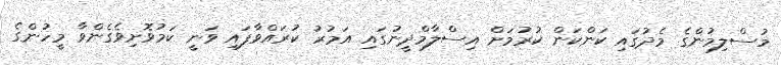
މުސްލިމުންގެ މެދުގައި ކަންކަން ކުރުމަށް އިސްލާމްދީނުގައި އަމުރު ކުރައްވާފައި ވަނީ ކަމުވޮށިވެގެންވާ މީހުންގެ